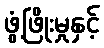
ဖွံ့ဖြိုးမှုနှင့်